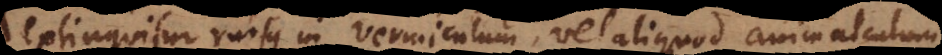
extinguitur rursus in vermiculum, vel aliquod animalculum